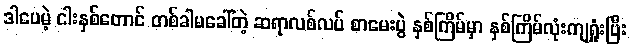
ဒါပေမဲ့ ငါးနှစ်တောင် တစ်ခါမခေါ်တဲ့ ဆရာလစ်လပ် စာမေးပွဲ နှစ်ကြိမ်မှာ နှစ်ကြိမ်လုံးကျရှုံးပြီး